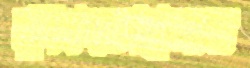
ফুঁকিতেছিলাম